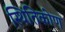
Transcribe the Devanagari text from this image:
स्थितिकोण